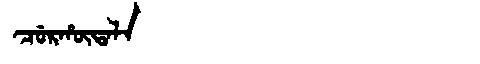
Manchu: ᠴᡠᡵᡥᡡᡨᠠᠯᠠ
Romanization: CURHŪTALA